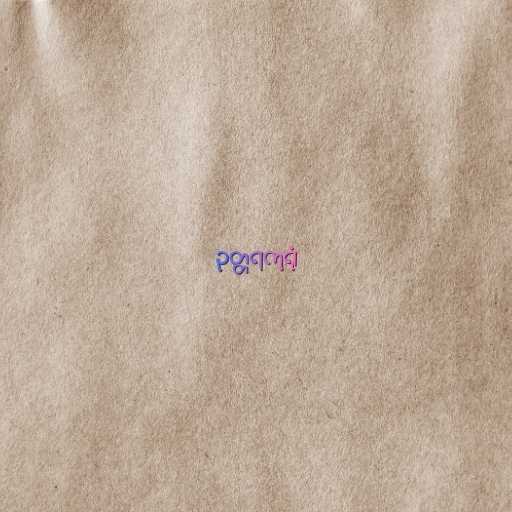
ဥတ္တရကုရုံ